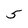
Character: 5